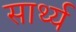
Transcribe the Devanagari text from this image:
सार्थ्य